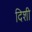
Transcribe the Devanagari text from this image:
दिशी